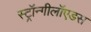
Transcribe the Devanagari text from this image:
स्ट्रॉन्गीलॉएडस